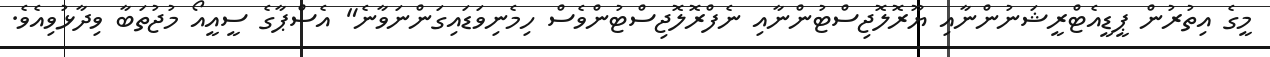
މީގެ އިތުރުން ޕީޑީއެޓްރީޝަނުންނާއި ޔޫރޮލޮޖިސްޓުންނާއި ނެފްރޮލޮޖިސްޓުންވެސް ހިމެނިވަޑައިގަންނަވާނެ" އެސްޕާގެ ސީއީއޯ މުޖުތަބާ ވިދާޅުވިއެވެ.